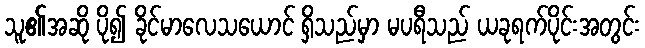
သူ၏အဆို ပို၍ ခိုင်မာလေသယောင် ရှိသည်မှာ မပရီသည် ယခုရက်ပိုင်းအတွင်း